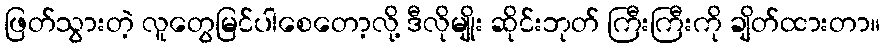
ဖြတ်သွားတဲ့ လူတွေမြင်ပါစေတော့လို့ ဒီလိုမျိုး ဆိုင်းဘုတ် ကြီးကြီးကို ချိတ်ထားတာ။